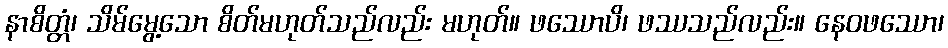
နာစိတ္တံ၊ သိမ်မွေ့သော စိတ်မဟုတ်သည်လည်း မဟုတ်။ ဖဿောပိ၊ ဖဿသည်လည်း။ နေဝဖဿော၊